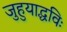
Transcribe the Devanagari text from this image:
जुहुयाद्धविः